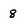
Character: 8